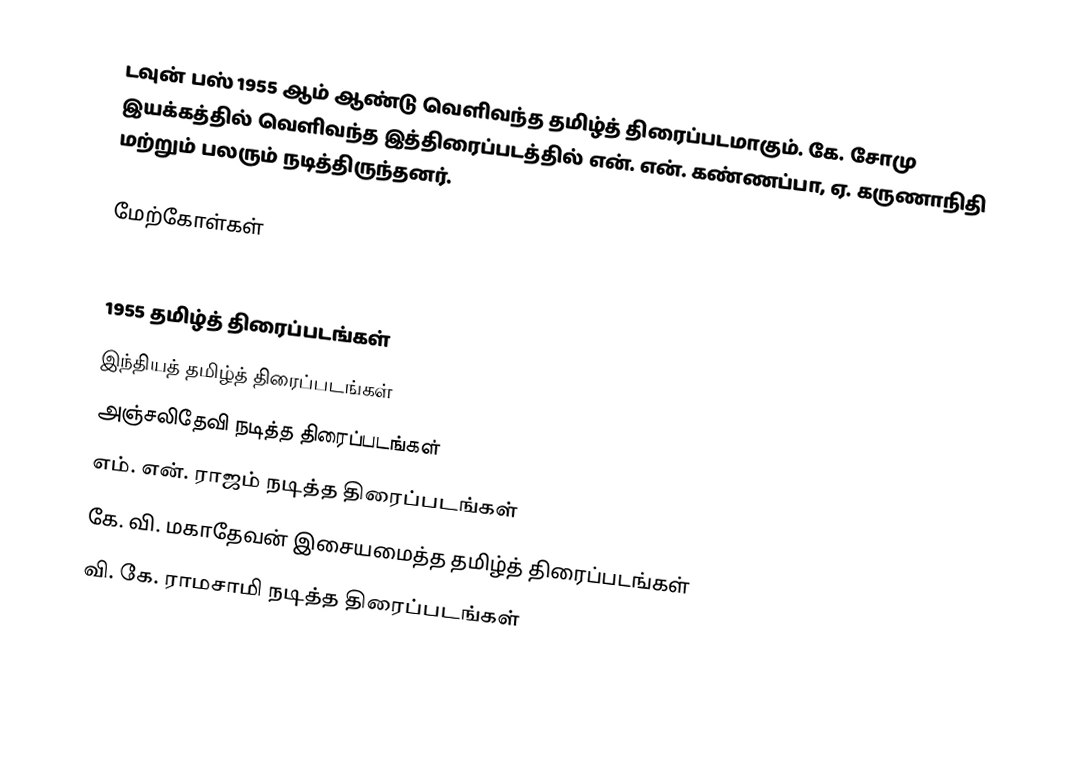
டவுன் பஸ் 1955 ஆம் ஆண்டு வெளிவந்த தமிழ்த் திரைப்படமாகும். கே. சோமு இயக்கத்தில் வெளிவந்த இத்திரைப்படத்தில் என். என். கண்ணப்பா,  ஏ. கருணாநிதி மற்றும் பலரும் நடித்திருந்தனர்.

மேற்கோள்கள்

1955 தமிழ்த் திரைப்படங்கள்
இந்தியத் தமிழ்த் திரைப்படங்கள்
அஞ்சலிதேவி நடித்த திரைப்படங்கள்
எம். என். ராஜம் நடித்த திரைப்படங்கள்
கே. வி. மகாதேவன் இசையமைத்த தமிழ்த் திரைப்படங்கள்
வி. கே. ராமசாமி நடித்த திரைப்படங்கள்